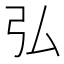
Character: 弘